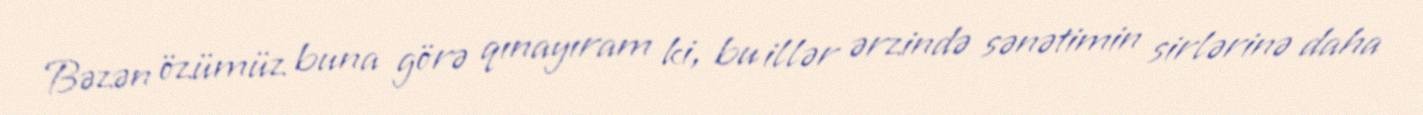
Bəzən özümüz buna görə qınayıram ki, bu illər ərzində sənətimin sirlərinə daha